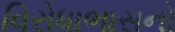
વિરોધાભાસનો